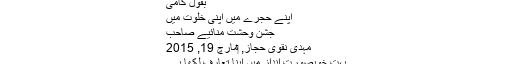
بقول کامیؔ
اپنے حجرے میں اپنی خلوت میں
جشنِ وحشت منائیے صاحب
مہدی نقوی حجاز, ‏مارچ 19, 2015
بہت خوبصورت انداز میں اپنا تعارف لکھا ہے۔